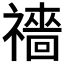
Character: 𥜎